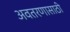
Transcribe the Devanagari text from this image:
अवतरणासाठी